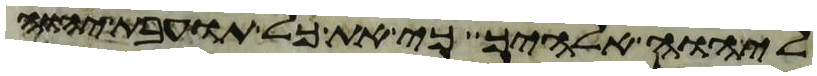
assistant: ליהוה אלהיך כי את כל תועבת יהוה